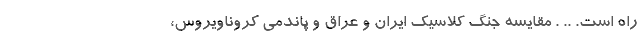
راه است. .. . مقایسه جنگ کلاسیک ایران و عراق و پاندمی کروناویروس،